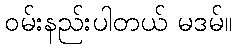
ဝမ်းနည်းပါတယ် မဒမ်။